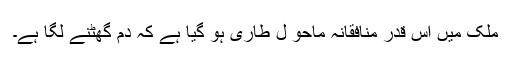
ملک میں اس قدر منافقانہ ماحو ل طاری ہو گیا ہے کہ دم گھٹنے لگا ہے۔